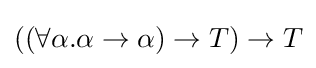
((\forall \alpha .\alpha \rightarrow \alpha )\rightarrow T)\rightarrow T